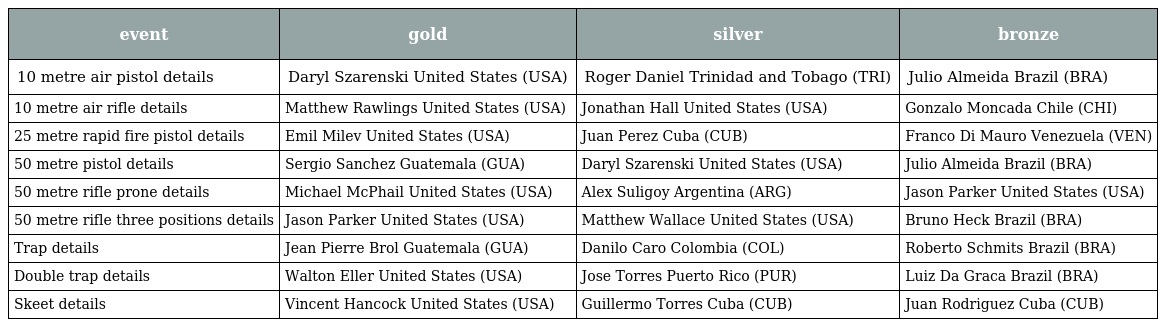
| event | gold | silver | bronze |
 | --- | --- | --- | --- |
 | 10 metre air pistol details | Daryl Szarenski United States (USA) | Roger Daniel Trinidad and Tobago (TRI) | Julio Almeida Brazil (BRA) |
 | 10 metre air rifle details | Matthew Rawlings United States (USA) | Jonathan Hall United States (USA) | Gonzalo Moncada Chile (CHI) |
 | 25 metre rapid fire pistol details | Emil Milev United States (USA) | Juan Perez Cuba (CUB) | Franco Di Mauro Venezuela (VEN) |
 | 50 metre pistol details | Sergio Sanchez Guatemala (GUA) | Daryl Szarenski United States (USA) | Julio Almeida Brazil (BRA) |
 | 50 metre rifle prone details | Michael McPhail United States (USA) | Alex Suligoy Argentina (ARG) | Jason Parker United States (USA) |
 | 50 metre rifle three positions details | Jason Parker United States (USA) | Matthew Wallace United States (USA) | Bruno Heck Brazil (BRA) |
 | Trap details | Jean Pierre Brol Guatemala (GUA) | Danilo Caro Colombia (COL) | Roberto Schmits Brazil (BRA) |
 | Double trap details | Walton Eller United States (USA) | Jose Torres Puerto Rico (PUR) | Luiz Da Graca Brazil (BRA) |
 | Skeet details | Vincent Hancock United States (USA) | Guillermo Torres Cuba (CUB) | Juan Rodriguez Cuba (CUB) |